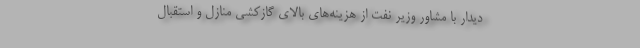
دیدار با مشاور وزیر نفت از هزینه‌های بالای گازکشی منازل و استقبال